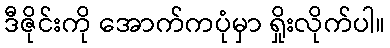
ဒီဇိုင်းကို အောက်ကပုံမှာ ရှိုးလိုက်ပါ။